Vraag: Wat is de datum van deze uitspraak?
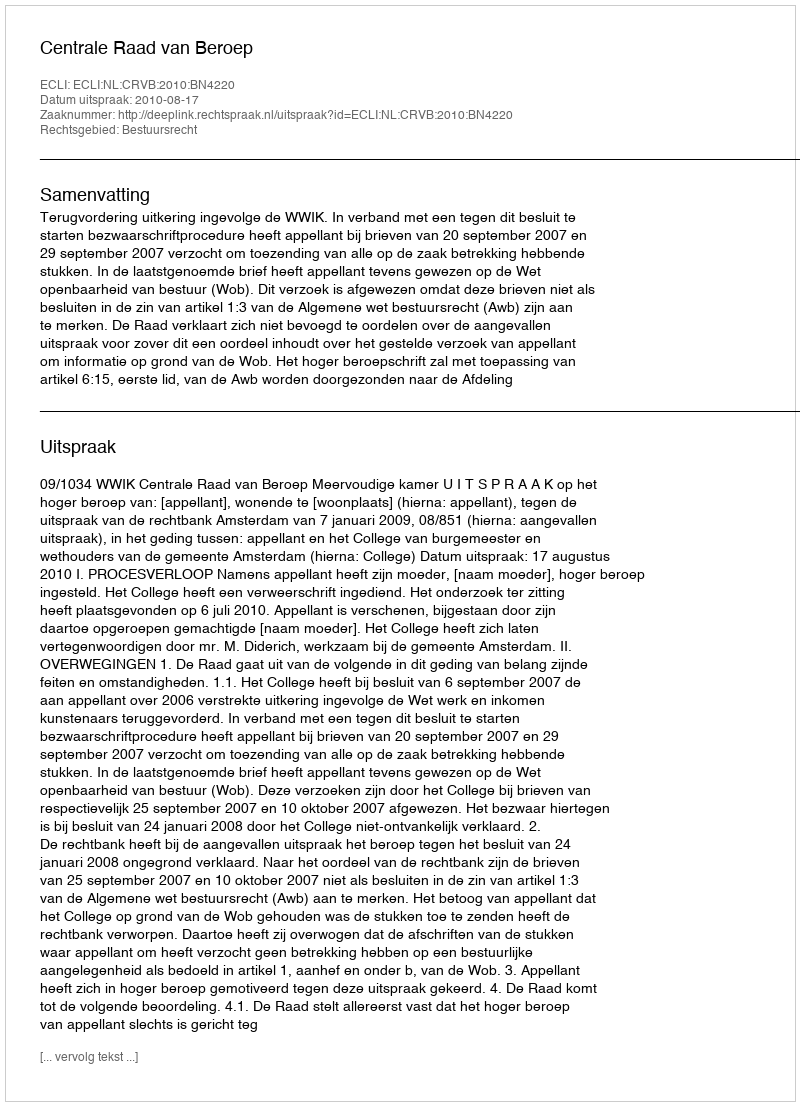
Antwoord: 2010-08-17